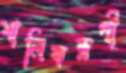
শালিকরূপী